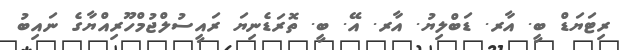
ރިޓަޔަޑް ބީ. އާރ. ޑަބްލިޔު. އާރ. އޭ. ބީ. ތޮރަޑެނިޔަ ރައީސުލްޖުމްހޫރިއްޔާގެ ނައިބު